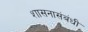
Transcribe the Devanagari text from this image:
शासनासंबंधी